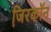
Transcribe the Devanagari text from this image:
जि़रकॉन